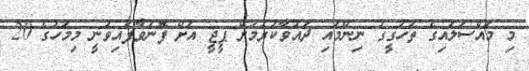
މި މައްސަލައިގެ ތަހުގީގު ނިންމައި ދައުވާކުރުމަށް ޕީޖީ އަށް ފޮނުވާފައިވަނީ މިމަހުގެ 20